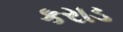
કરાડ